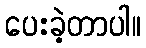
ပေးခဲ့တာပါ။